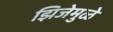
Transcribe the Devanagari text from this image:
झिजेमुळे